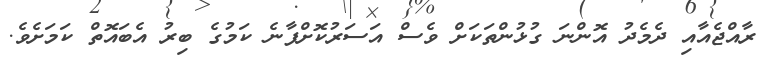
ރާއްޖެއާއި ދެމެދު އޮންނަ ގުޅުންތަކަށް ވެސް އަސަރުކޮށްފާނެ ކަމުގެ ބިރު އެބައޮތް ކަމަށެވެ.